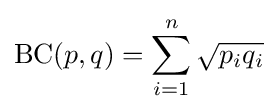
\operatorname {BC} (p,q)=\sum _{i=1}^{n}{\sqrt {p_{i}q_{i}}}